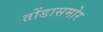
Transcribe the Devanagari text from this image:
तोंडासमोर